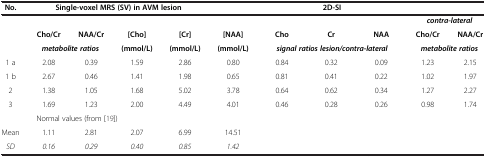
<table><thead><tr><td><b>No.</b></td><td colspan="4"><b>Single-voxel MRS (SV) in AVM lesion</b></td><td><b> </b></td><td colspan="3"><b>2D-SI</b></td><td><b> </b></td><td><b> </b></td></tr></thead><tbody><tr><td> </td><td> </td><td> </td><td> </td><td> </td><td> </td><td> </td><td> </td><td> </td><td colspan="2"><b><i>contra-lateral</i></b></td></tr><tr><td> </td><td><b>Cho/Cr</b></td><td><b>NAA/Cr</b></td><td><b>[Cho]</b></td><td><b>[Cr]</b></td><td><b>[NAA]</b></td><td><b>Cho</b></td><td><b>Cr</b></td><td><b>NAA</b></td><td><b>Cho/Cr</b></td><td><b>NAA/Cr</b></td></tr><tr><td> </td><td colspan="2"><b><i>metabolite ratios</i></b></td><td><b>(mmol/L)</b></td><td><b>(mmol/L)</b></td><td><b>(mmol/L)</b></td><td colspan="3"><b><i>signal ratios lesion/contra-lateral</i></b></td><td colspan="2"><b><i>metabolite ratios</i></b></td></tr><tr><td>1 a</td><td>2.08</td><td>0.39</td><td>1.59</td><td>2.86</td><td>0.80</td><td>0.84</td><td>0.32</td><td>0.09</td><td>1.23</td><td>2.15</td></tr><tr><td>1 b</td><td>2.67</td><td>0.46</td><td>1.41</td><td>1.98</td><td>0.65</td><td>0.81</td><td>0.41</td><td>0.22</td><td>1.02</td><td>1.97</td></tr><tr><td>2</td><td>1.38</td><td>1.05</td><td>1.68</td><td>5.02</td><td>3.78</td><td>0.64</td><td>0.62</td><td>0.34</td><td>1.27</td><td>2.27</td></tr><tr><td>3</td><td>1.69</td><td>1.23</td><td>2.00</td><td>4.49</td><td>4.01</td><td>0.46</td><td>0.28</td><td>0.26</td><td>0.98</td><td>1.74</td></tr><tr><td colspan="4">Normal values (from [19])</td><td> </td><td> </td><td> </td><td> </td><td> </td><td> </td><td> </td></tr><tr><td>Mean</td><td>1.11</td><td>2.81</td><td>2.07</td><td>6.99</td><td>14.51</td><td> </td><td> </td><td> </td><td> </td><td> </td></tr><tr><td><i>SD</i></td><td><i>0.16</i></td><td><i>0.29</i></td><td><i>0.40</i></td><td><i>0.85</i></td><td><i>1.42</i></td><td> </td><td> </td><td> </td><td> </td><td> </td></tr></tbody></table>